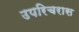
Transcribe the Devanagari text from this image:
उपरिचरास